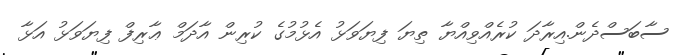
ސާބަސްދެން.އިރާދަ ކުރެއްވިއްޔާ ތިޔަ ފިޔަވަޅު އެޅުމުގެ ކުރިން އާދަމް ޢާރިފް ފިޔަވަޅު އަޅާ